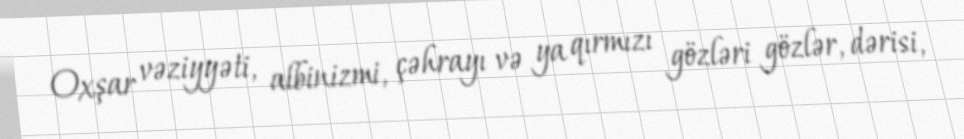
Oxşar vəziyyəti, albinizmi, çəhrayı və ya qırmızı gözləri gözlər, dərisi,